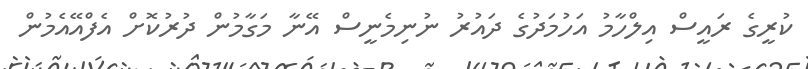
ކުރީގެ ރައީސް އިލްހާމު އަހުމަދުގެ ދައުރު ނުނިމެނީސް އޭނާ މަގާމުން ދުރުކޮށް އެފްއޭއެމުން